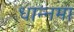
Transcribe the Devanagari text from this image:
धान्नमा